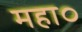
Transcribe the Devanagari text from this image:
महा०